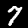
Label: 7